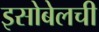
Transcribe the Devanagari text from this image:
इसोबेलची